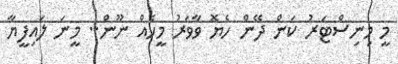
މީ މިނިސްޓަރު ކަން ދޭން ހެޔޮ ވާވަރު މީހެއް ނޫން.. މީނަ ލައިފީޔާ